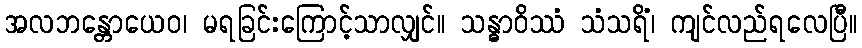
အလဘန္တောယေဝ၊ မရခြင်းကြောင့်သာလျှင်။ သန္ဓာဝိဿံ သံသရိံ၊ ကျင်လည်ရလေပြီ။